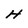
Character: H